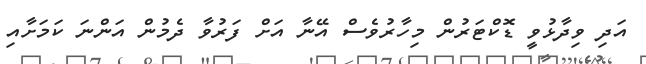
އަދި ވިދާޅުވީ ޑޮކްޓަރުން މިހާރުވެސް އޭނާ އަށް ފަރުވާ ދެމުން އަންނަ ކަމަށާއި